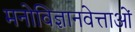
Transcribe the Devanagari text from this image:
मनोविज्ञानवेत्ताओं